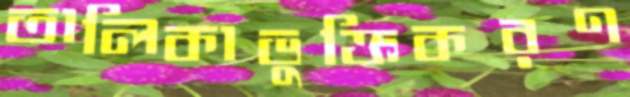
তালিকাভুক্তিকরণ